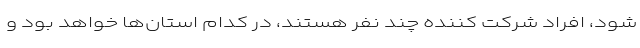
شود، افراد شرکت کننده چند نفر هستند، در کدام استان‌ها خواهد بود و